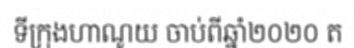
ទីក្រុងហាណូយ ចាប់ពីឆ្នាំ២០២០ ត